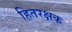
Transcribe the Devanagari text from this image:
हितरक्षक